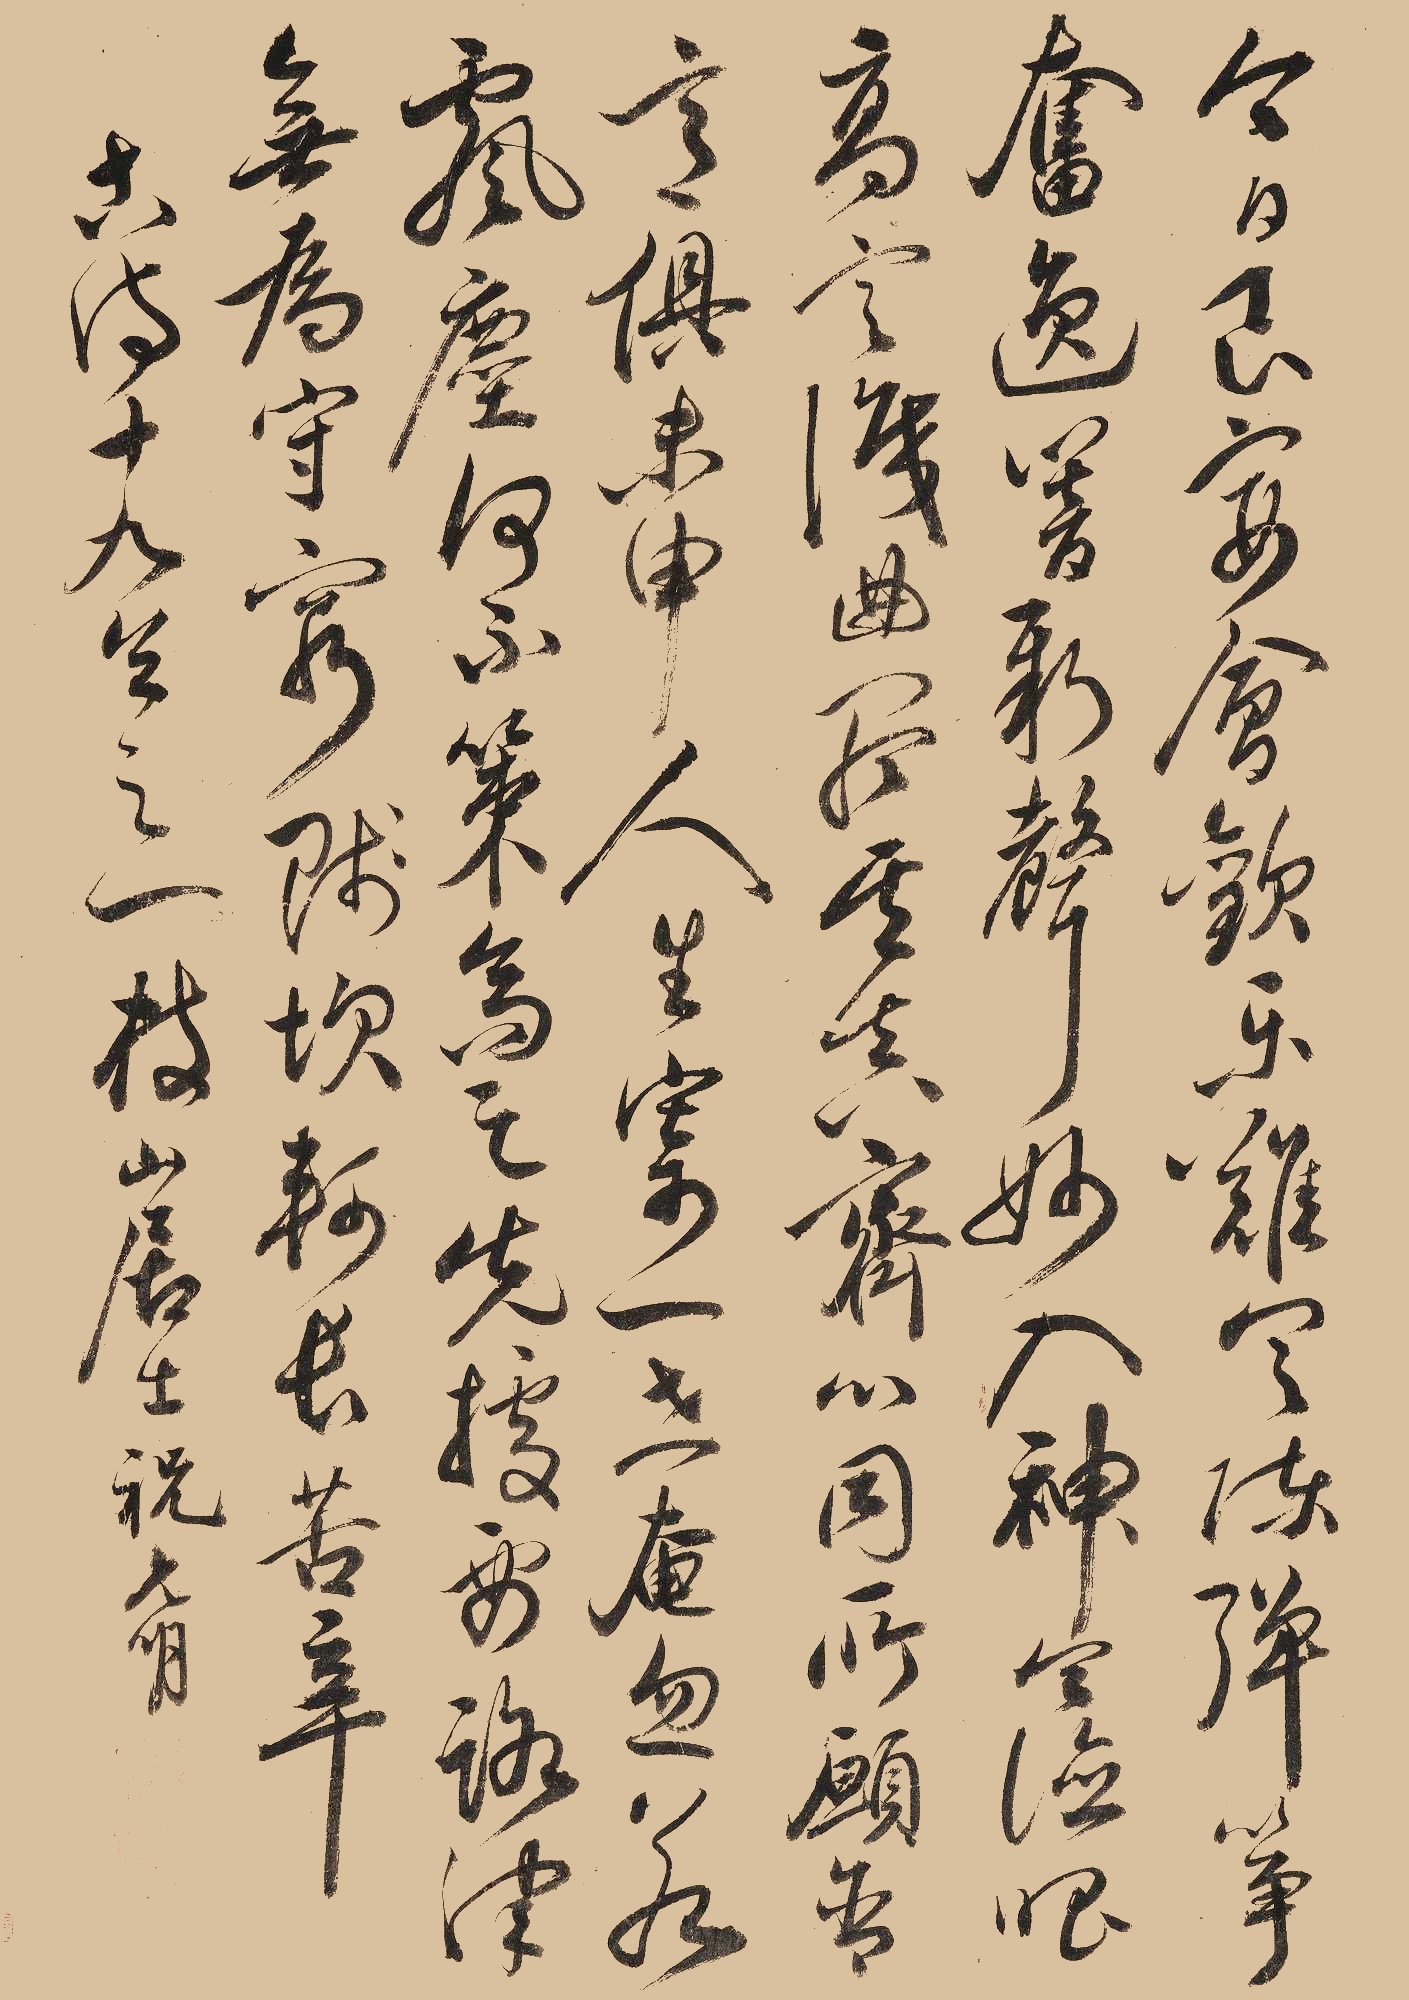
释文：今日良宴会，欢乐难具陈。弹筝奋逸响，新声妙入神。令德唱高言，识曲听其真。齐心同所愿，含意俱未申。人生寄一世，奄忽若飘尘。何不策高足，先据要路津。无为守穷贱，坎轲长苦辛。古诗十九首之一，枝山居士祝允明。